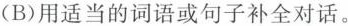
(B)用适当的词语或句子补全对话.。